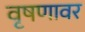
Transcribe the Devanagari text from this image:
वृषणावर